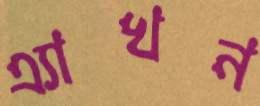
এ্যাখন